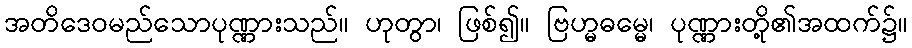
အတိဒေဝမည်သောပုဏ္ဏားသည်။ ဟုတွာ၊ ဖြစ်၍။ ဗြဟ္မဓမ္မေ၊ ပုဏ္ဏားတို့၏အထက်၌။